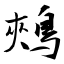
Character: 鵊